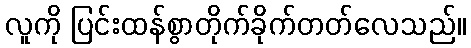
လူကို ပြင်းထန်စွာတိုက်ခိုက်တတ်လေသည်။